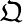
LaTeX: \mathfrak{Q}